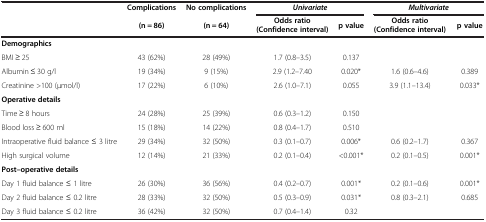
<table><thead><tr><td rowspan="2"><b> </b></td><td><b>Complications</b></td><td><b>No complications</b></td><td colspan="2"><b><i>Univariate</i></b></td><td colspan="2"><b><i>Multivariate</i></b></td></tr><tr><td><b>(n = 86)</b></td><td><b>(n = 64)</b></td><td><b>Odds ratio (Confidence interval)</b></td><td><b>p value</b></td><td><b>Odds ratio (Confidence interval)</b></td><td><b>p value</b></td></tr></thead><tbody><tr><td><b>Demographics</b></td><td> </td><td> </td><td> </td><td> </td><td> </td><td> </td></tr><tr><td>BMI ≥ 25</td><td>43 (62%)</td><td>28 (49%)</td><td>1.7 (0.8–3.5)</td><td>0.137</td><td> </td><td> </td></tr><tr><td>Albumin ≤ 30 g/l</td><td>19 (34%)</td><td>9 (15%)</td><td>2.9 (1.2–7.40</td><td>0.020*</td><td>1.6 (0.6–4.6)</td><td>0.389</td></tr><tr><td>Creatinine &gt;100 (μmol/l)</td><td>17 (22%)</td><td>6 (10%)</td><td>2.6 (1.0–7.1)</td><td>0.055</td><td>3.9 (1.1–13.4)</td><td>0.033*</td></tr><tr><td><b>Operative details</b></td><td> </td><td> </td><td> </td><td> </td><td> </td><td> </td></tr><tr><td>Time ≥ 8 hours</td><td>24 (28%)</td><td>25 (39%)</td><td>0.6 (0.3–1.2)</td><td>0.150</td><td> </td><td> </td></tr><tr><td>Blood loss ≥ 600 ml</td><td>15 (18%)</td><td>14 (22%)</td><td>0.8 (0.4–1.7)</td><td>0.510</td><td> </td><td> </td></tr><tr><td>Intraoperative fluid balance ≤ 3 litre</td><td>29 (34%)</td><td>32 (50%)</td><td>0.3 (0.1–0.7)</td><td>0.006*</td><td>0.6 (0.2–1.7)</td><td>0.367</td></tr><tr><td>High surgical volume</td><td>12 (14%)</td><td>21 (33%)</td><td>0.2 (0.1–0.4)</td><td>&lt;0.001*</td><td>0.2 (0.1–0.5)</td><td>0.001*</td></tr><tr><td><b>Post–operative details</b></td><td> </td><td> </td><td> </td><td> </td><td> </td><td> </td></tr><tr><td>Day 1 fluid balance ≤ 1 litre</td><td>26 (30%)</td><td>36 (56%)</td><td>0.4 (0.2–0.7)</td><td>0.001*</td><td>0.2 (0.1–0.6)</td><td>0.001*</td></tr><tr><td>Day 2 fluid balance ≤ 0.2 litre</td><td>28 (33%)</td><td>32 (50%)</td><td>0.5 (0.3–0.9)</td><td>0.031*</td><td>0.8 (0.3–2.1)</td><td>0.685</td></tr><tr><td>Day 3 fluid balance ≤ 0.2 litre</td><td>36 (42%)</td><td>32 (50%)</td><td>0.7 (0.4–1.4)</td><td>0.32</td><td> </td><td> </td></tr></tbody></table>